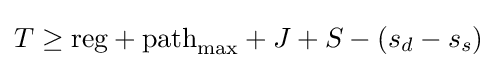
T\geq {\text{reg}}+{\text{path}}_{\text{max}}+J+S-(s_{d}-s_{s})